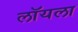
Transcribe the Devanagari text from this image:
लॉयला